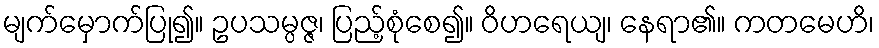
မျက်မှောက်ပြု၍။ ဥပသမ္ပဇ္ဇ၊ ပြည့်စုံစေ၍။ ဝိဟရေယျ၊ နေရာ၏။ ကတမေဟိ၊